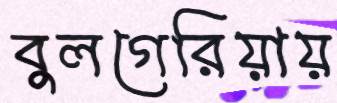
বুলগেরিয়ায়